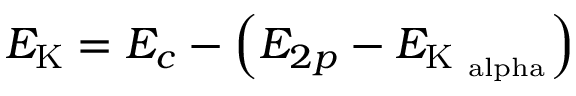
E _ { \mathrm { K } } = E _ { c } - \left( E _ { 2 p } - E _ { \mathrm { K _ { \ a l p h a } } } \right)